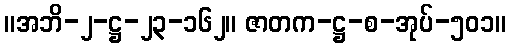
။အဘိ-၂-ဋ္ဌ-၂၃-၁၆၂။ ဇာတက-ဋ္ဌ-စ-အုပ်-၅၀၁။